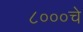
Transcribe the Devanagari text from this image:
८०००चे